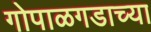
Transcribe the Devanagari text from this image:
गोपाळगडाच्या